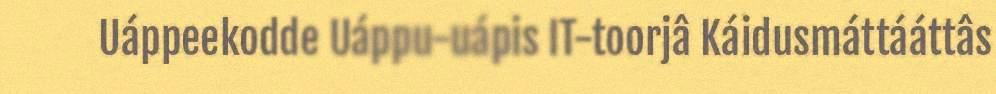
Uáppeekodde Uáppu-uápis IT-toorjâ Káidusmáttááttâs